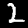
Label: 2